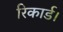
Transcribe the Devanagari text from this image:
रिकार्ड।